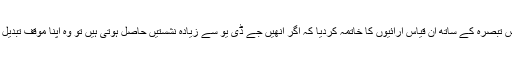
انھوں نے اِس تبصرہ کے ساتھ اُن قیاس آرائیوں کا خاتمہ کردیا کہ اگر اُنھیں جے ڈی یو سے زیادہ نشستیں حاصل ہوتی ہیں تو وہ اپنا موقف تبدیل کردیں گے۔